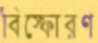
বিস্ফোরণ